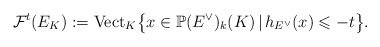
\begin{align*}\mathcal F^t(E_{K}):=\mathrm{Vect}_{K}\big\{x\in\mathbb P(E^\vee)_k(K)\,|\,h_{E^{\vee}}(x)\leqslant -t\big\}.\end{align*}